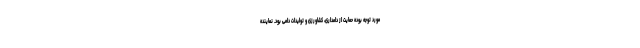
مورد توجه بوده حمایت از دامداری، کشاورزی و تولیدات دامی بود. نماینده